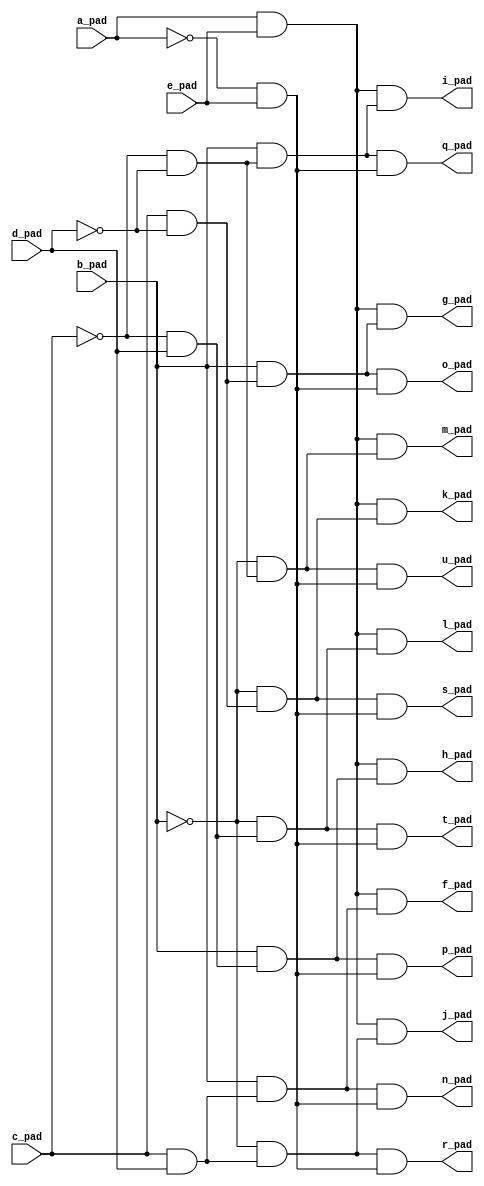
module top( a_pad , b_pad , c_pad , d_pad , e_pad , f_pad , g_pad , h_pad , i_pad , j_pad , k_pad , l_pad , m_pad , n_pad , o_pad , p_pad , q_pad , r_pad , s_pad , t_pad , u_pad );
  input a_pad ;
  input b_pad ;
  input c_pad ;
  input d_pad ;
  input e_pad ;
  output f_pad ;
  output g_pad ;
  output h_pad ;
  output i_pad ;
  output j_pad ;
  output k_pad ;
  output l_pad ;
  output m_pad ;
  output n_pad ;
  output o_pad ;
  output p_pad ;
  output q_pad ;
  output r_pad ;
  output s_pad ;
  output t_pad ;
  output u_pad ;
  wire n6 , n7 , n8 , n9 , n10 , n11 , n12 , n13 , n14 , n15 , n16 , n17 , n18 , n19 , n20 , n21 , n22 , n23 , n24 , n25 , n26 , n27 , n28 , n29 , n30 , n31 , n32 , n33 , n34 , n35 ;
  assign n6 = a_pad & e_pad ;
  assign n7 = c_pad & d_pad ;
  assign n8 = b_pad & n7 ;
  assign n9 = n6 & n8 ;
  assign n10 = c_pad & ~d_pad ;
  assign n11 = b_pad & n10 ;
  assign n12 = n6 & n11 ;
  assign n13 = ~c_pad & d_pad ;
  assign n14 = b_pad & n13 ;
  assign n15 = n6 & n14 ;
  assign n16 = ~c_pad & ~d_pad ;
  assign n17 = b_pad & n16 ;
  assign n18 = n6 & n17 ;
  assign n19 = ~b_pad & n7 ;
  assign n20 = n6 & n19 ;
  assign n21 = ~b_pad & n10 ;
  assign n22 = n6 & n21 ;
  assign n23 = ~b_pad & n13 ;
  assign n24 = n6 & n23 ;
  assign n25 = ~b_pad & n16 ;
  assign n26 = n6 & n25 ;
  assign n27 = ~a_pad & e_pad ;
  assign n28 = n8 & n27 ;
  assign n29 = n11 & n27 ;
  assign n30 = n14 & n27 ;
  assign n31 = n17 & n27 ;
  assign n32 = n19 & n27 ;
  assign n33 = n21 & n27 ;
  assign n34 = n23 & n27 ;
  assign n35 = n25 & n27 ;
  assign f_pad = n9 ;
  assign g_pad = n12 ;
  assign h_pad = n15 ;
  assign i_pad = n18 ;
  assign j_pad = n20 ;
  assign k_pad = n22 ;
  assign l_pad = n24 ;
  assign m_pad = n26 ;
  assign n_pad = n28 ;
  assign o_pad = n29 ;
  assign p_pad = n30 ;
  assign q_pad = n31 ;
  assign r_pad = n32 ;
  assign s_pad = n33 ;
  assign t_pad = n34 ;
  assign u_pad = n35 ;
endmodule